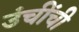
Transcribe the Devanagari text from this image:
उंचींची